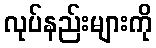
လုပ်နည်းများကို